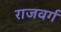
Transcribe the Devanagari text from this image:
राजवर्ग